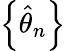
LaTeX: \left\{ {\hat{\theta}}_{n}\right\}